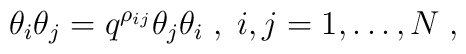
\theta_{i}\theta_{j}=q^{\rho_{ij}}\theta_{j}\theta_{i}\;,\;i,j=1,\dots ,N \;,